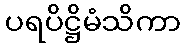
ပရပိဋ္ဌိမံသိကာ